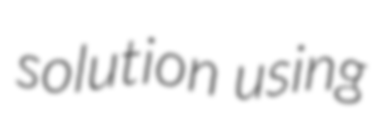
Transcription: solution using